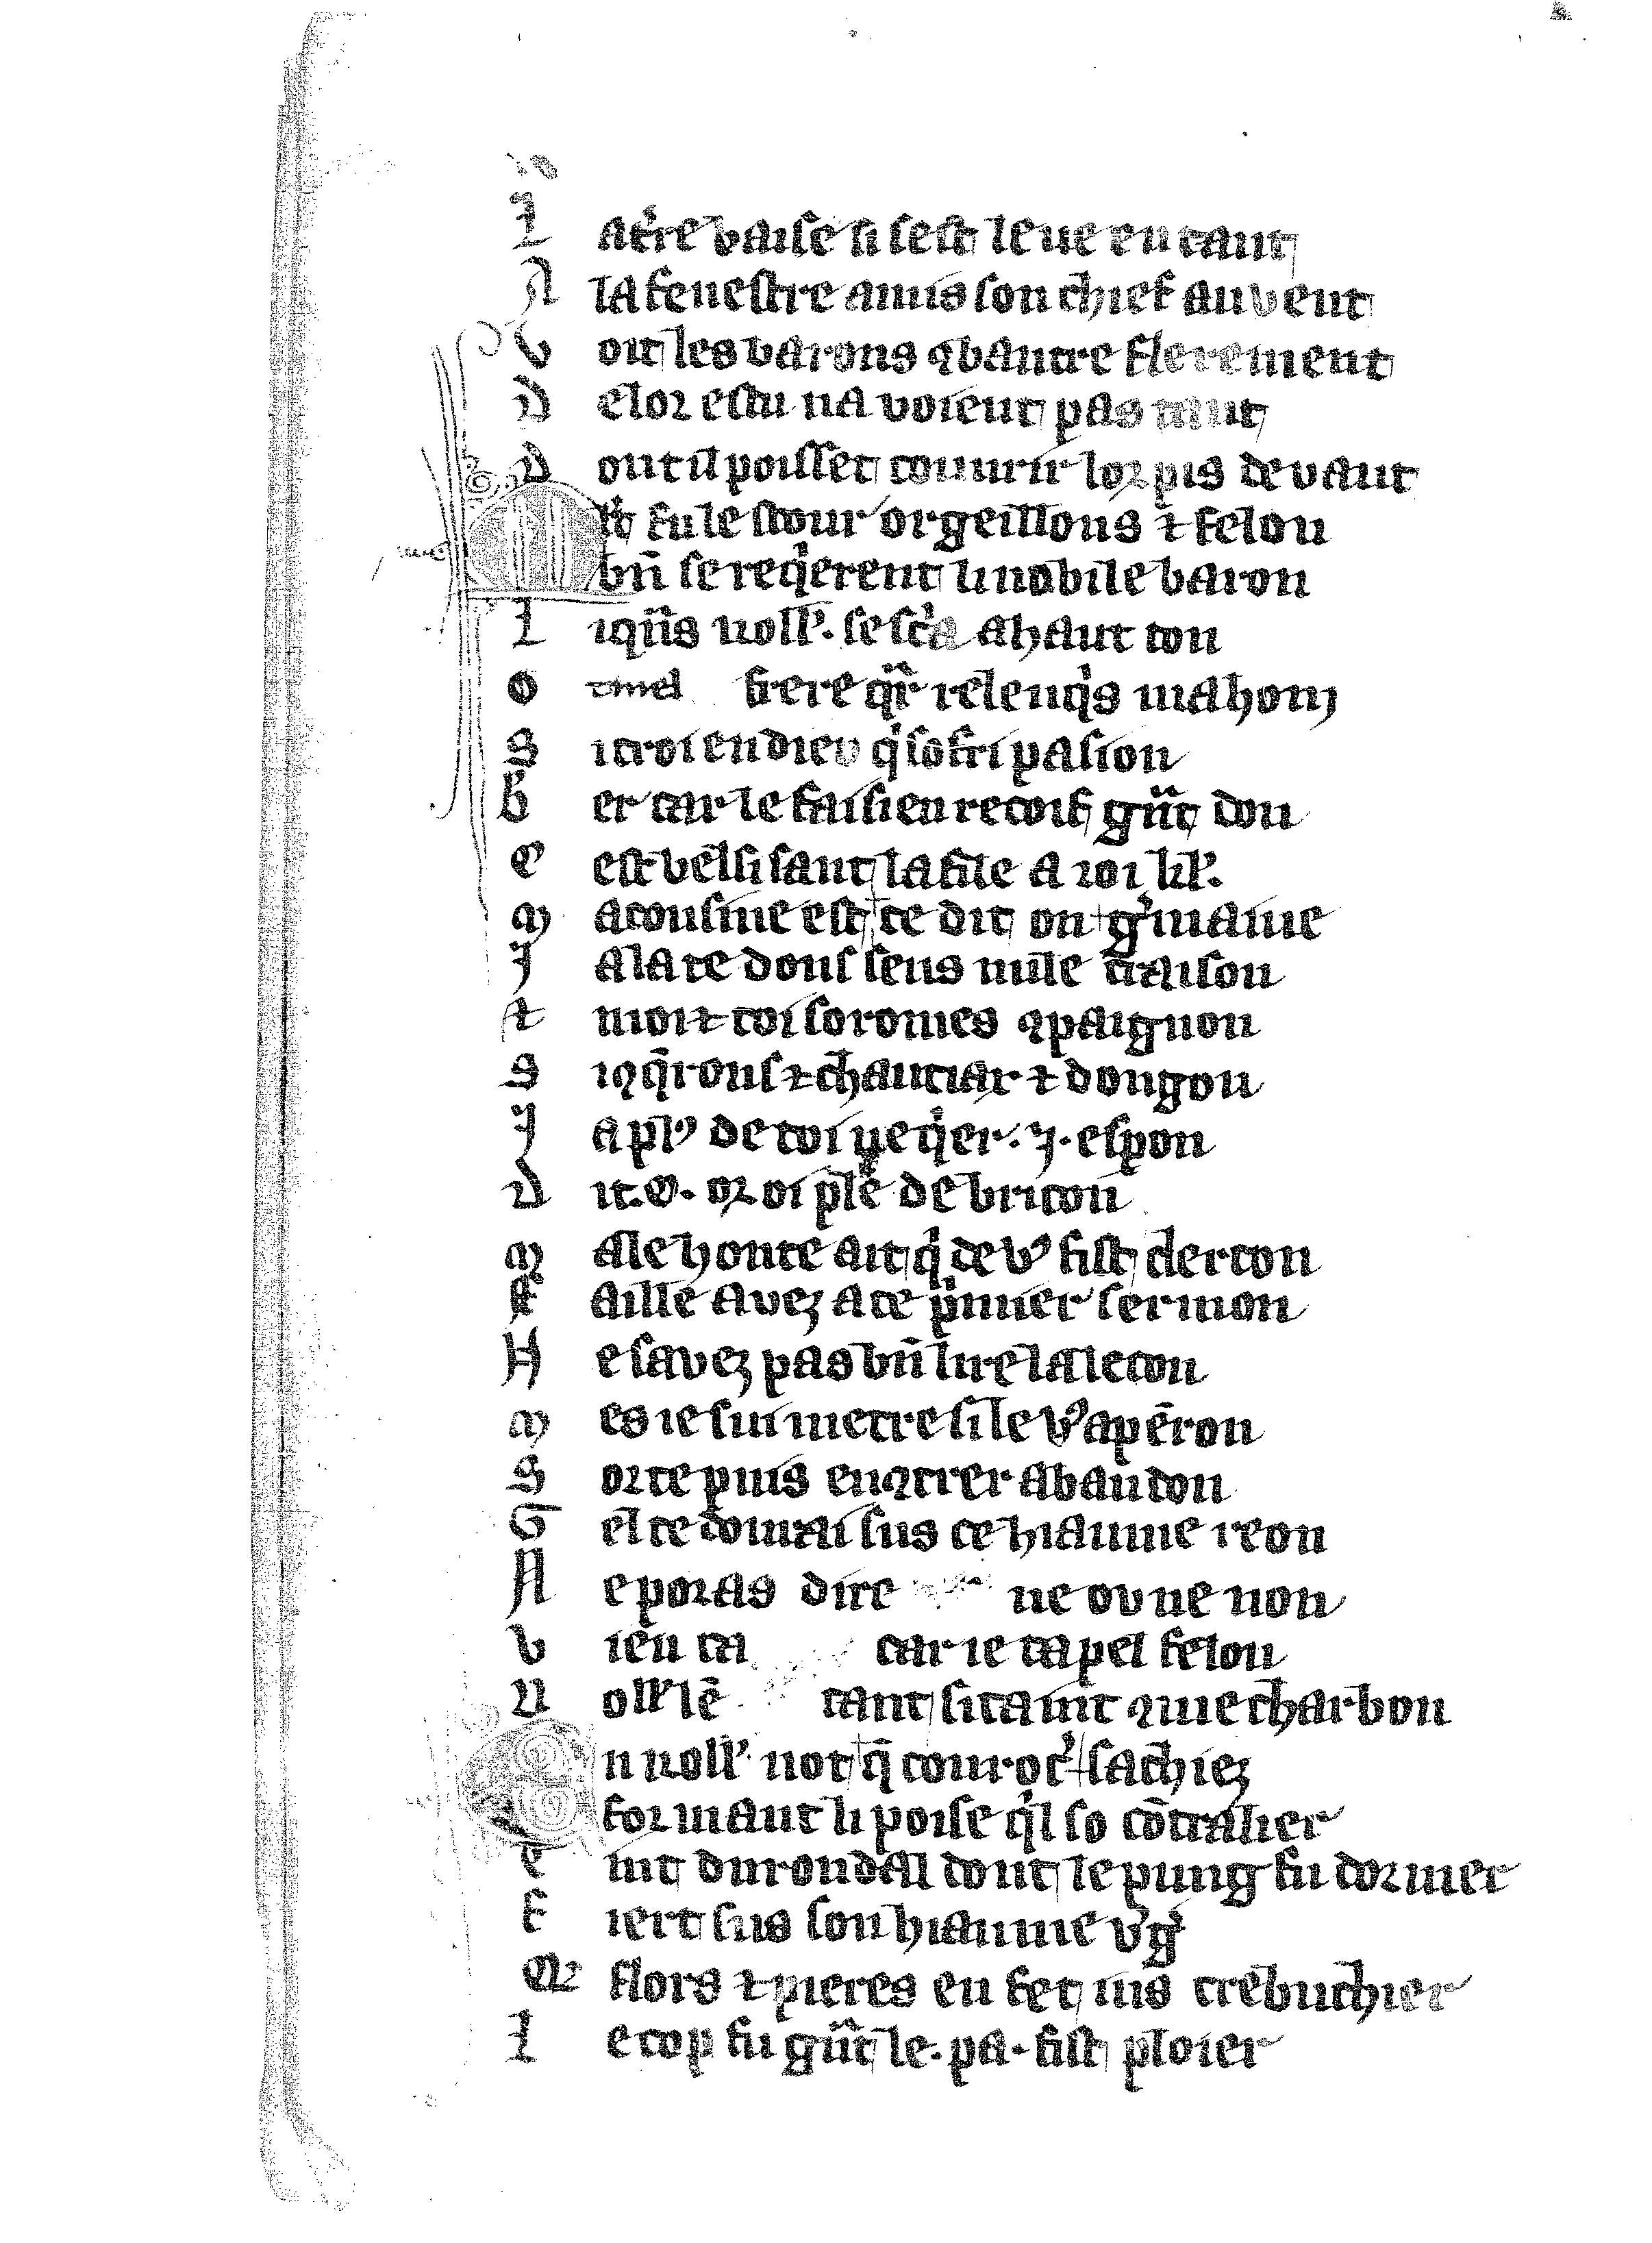
Shelfmark: Vatican, Biblioteca apostolica vaticana, Reg.lat. 1616
Century: 14